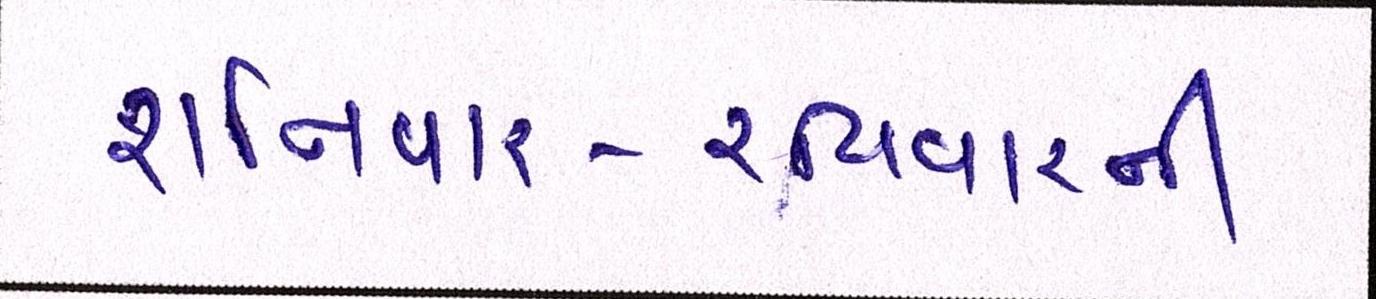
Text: શનિવાર-રવિવારની